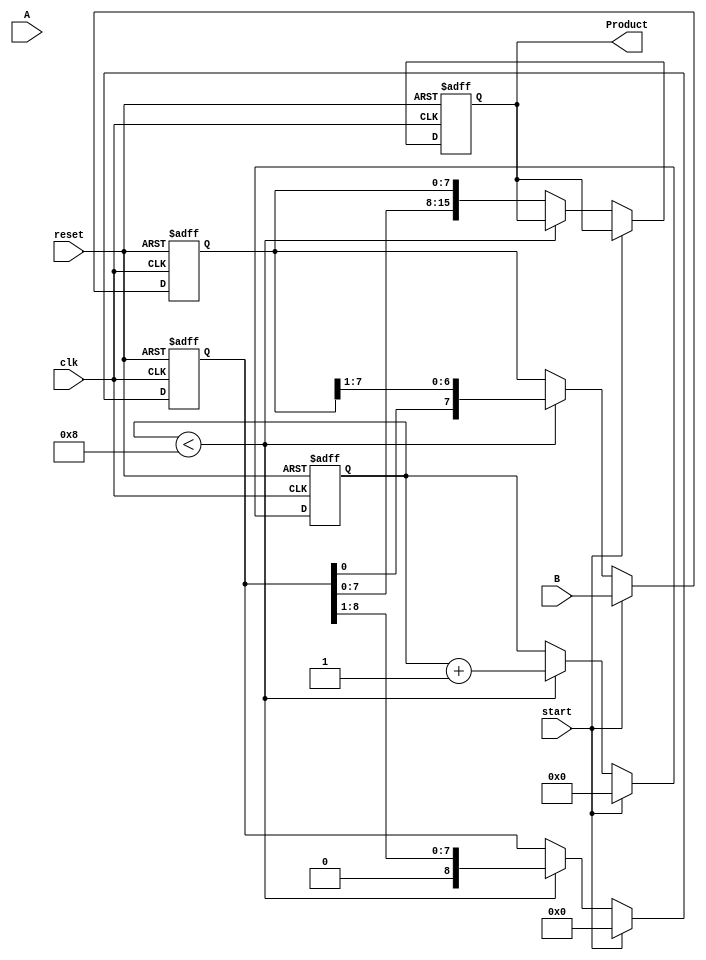
module booth_multiplier #(parameter n = 8) (
    input [n-1:0] A, // Multiplicand
    input [n-1:0] B, // Multiplier
    input start,     // Control signal to start the multiplication
    input clk,       // Clock signal
    input reset,     // Reset signal
    output reg [2*n-1:0] Product // Result of multiplication
);

    reg [n-1:0] M;               // Holds the multiplicand
    reg [n-1:0] Q;               // Holds the multiplier
    reg [n:0] A_reg;             // Accumulator
    reg Q_1;                     // Previous least significant bit of Q
    reg [3:0] count;             // Iteration counter

    // State initialization
    always @(posedge clk or posedge reset) begin
        if (reset) begin
            Product <= 0;
            A_reg <= 0;
            Q <= 0;
            M <= 0;
            Q_1 <= 0;
            count <= 0;
        end else if (start) begin
            // Initialize registers
            M <= A;                // Load multiplicand
            Q <= B;                // Load multiplier
            A_reg <= 0;            // Clear accumulator
            Q_1 <= 0;              // Clear Q-1
            count <= 0;            // Reset counter
        end else if (count < n) begin
            // Booth's algorithm processing
            case ({Q[0], Q_1})
                2'b01: A_reg <= A_reg + M;  // Add M to A_reg
                2'b10: A_reg <= A_reg - M;  // Subtract M from A_reg
                default: ;                  // Do nothing
            endcase
            
            // Arithmetic right shift (A_reg, Q)
            {A_reg, Q} <= {A_reg, Q} >> 1;  // Combine A_reg and Q, then shift right
            
            // Update Q-1
            Q_1 <= Q[0];                      
            count <= count + 1;              // Increment the counter
        end else begin
            // Assign final product
            Product <= {A_reg, Q};            // Combine A_reg and Q for the final product
        end
    end
endmodule